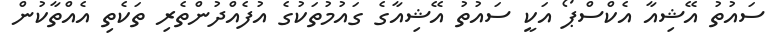
ސައުތު އޭޝިއާ އެކްސްޕޯ އަކީ ސައުތު އޭޝިއާގެ ގައުމުތަކުގެ އުފެއްދުންތެރި ތަކެތި އެއްތާކުން